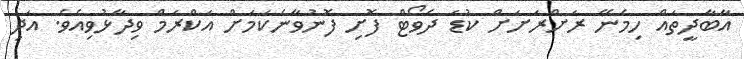
އާބާދީތައް ހިމެނޭ ރަށްރަށަށް ކުޑަ ދެވޯޓް ފޮށި ފޮނުވާނެކަމަށް އަކްރަމް ވިދާޅުވިއެވެ. އަދި